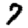
Digit: 7